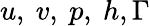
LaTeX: u,~v,~p,~h,\Gamma